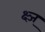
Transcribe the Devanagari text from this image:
क्ष्ज्